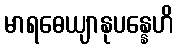
မာရဓေယျာနုပန္နေဟိ